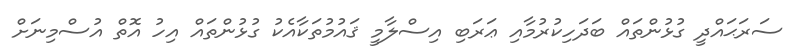
ސަރަޙައްދީ ގުޅުންތައް ބަދަހިކުރުމާއި ޢަރަބި އިސްލާމީ ޤައުމުތަކާއެކު ގުޅުންތައް އިހު އޮތް އުސްމިނަށް